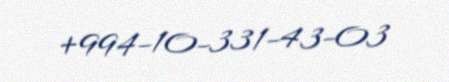
+994-10-331-43-03